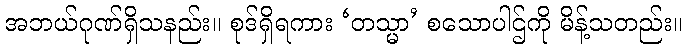
အဘယ်ဂုဏ်ရှိသနည်း။ စုဒ်ရှိရကား ‘တသ္မာ’ စသောပါဌ်ကို မိန့်သတည်း။